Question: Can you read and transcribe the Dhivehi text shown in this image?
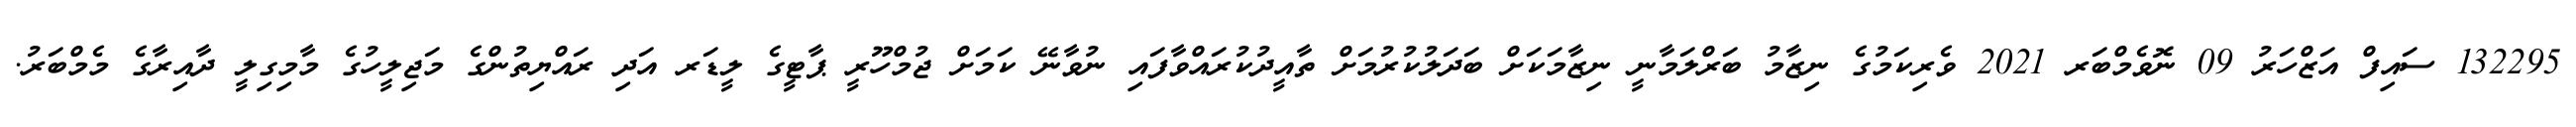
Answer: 132295 ސައިފް އަޒްހަރު 09 ނޮވެމްބަރ 2021 ވެރިކަމުގެ ނިޒާމު ބަރްލަމާނީ ނިޒާމަކަށް ބަދަލުކުރުމަށް ތާއީދުކުރައްވާފައި ނުވާނޭ ކަމަށް ޖުމްހޫރީ ޕާޓީގެ ލީޑަރ އަދި ރައްޔިތުންގެ މަޖިލީހުގެ މާމިގިލީ ދާއިރާގެ މެމްބަރު.